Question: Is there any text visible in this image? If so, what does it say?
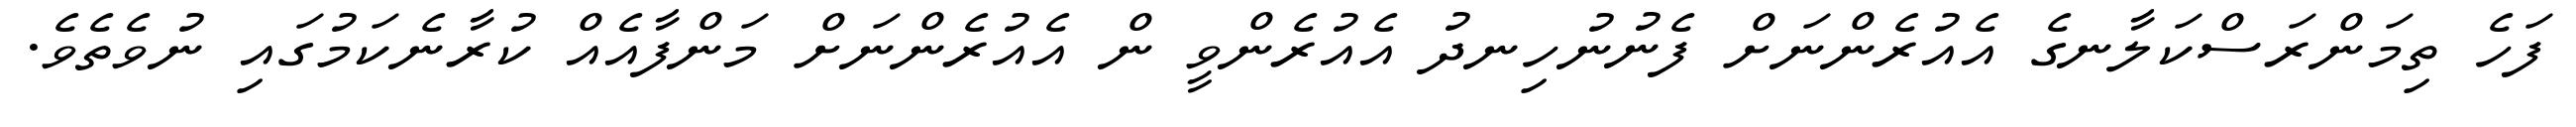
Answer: ފަހެ ތިމަންރަސްކަލާނގެ އެއުރެންނަށް ފެނުނުހިނދު އެއުރެންވީ ން އެއުރެންނަށް މަންފާއެއް ކުރާނެކަމުގައި ނުވެތެވެ.